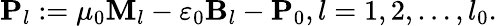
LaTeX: \mathbf{P}_{l}:=\mu_{0}\mathbf{M}_{l}-\varepsilon_{0}\mathbf{B}_{l}-\mathbf{P}_{0},l=1,2,\ldots,l_{0}.